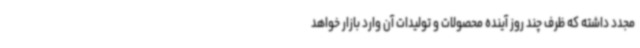
مجدد داشته که ظرف چند روز آینده محصولات و تولیدات آن وارد بازار خواهد